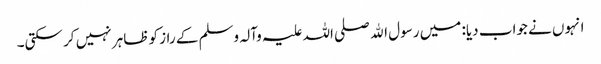
انہوں نے جواب دیا: میں رسول اﷲ صلی اللہ علیہ وآلہ وسلم کے راز کو ظاہر نہیں کر سکتی۔